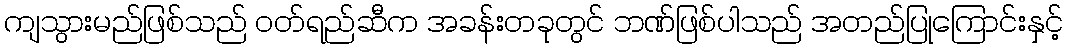
ကျသွားမည်ဖြစ်သည် ဝတ်ရည်ဆီက အခန်းတခုတွင် ဘဏ်ဖြစ်ပါသည် အတည်ပြုကြောင်းနှင့်